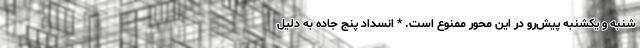
شنبه و یکشنبه پیش‌رو در این محور ممنوع است. * انسداد پنج جاده به دلیل